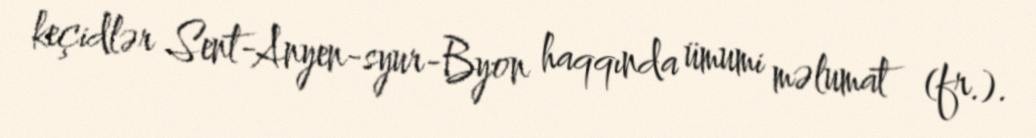
keçidlər Sent-Anyen-syur-Byon haqqında ümumi məlumat (fr.).